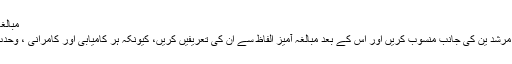
مبالغہ آرائی سے بھرپور الفاظ نقصاندہ اور خیانت کے برابر ہیں
یہ بات بڑا ظلم و ستم ہے کہ ہم ہر اچھی بات کو قائدین اور مرشد ین کی جانب منسوب کریں اور اس کے بعد مبالغہ آمیز الفاظ سے ان کی تعریفیں کریں، کیونکہ ہر کامیابی اور کامرانی ، وحدت اور ہم آہنگی کے جذبے کے لیے اللہ تعالیٰ کا احسان ہے۔